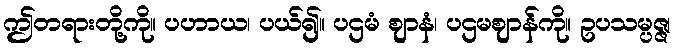
ဤတရားတို့ကို။ ပဟာယ၊ ပယ်၍။ ပဌမံ ဈာနံ၊ ပဌမဈာန်ကို။ ဥပသမ္ပဇ္ဇ၊